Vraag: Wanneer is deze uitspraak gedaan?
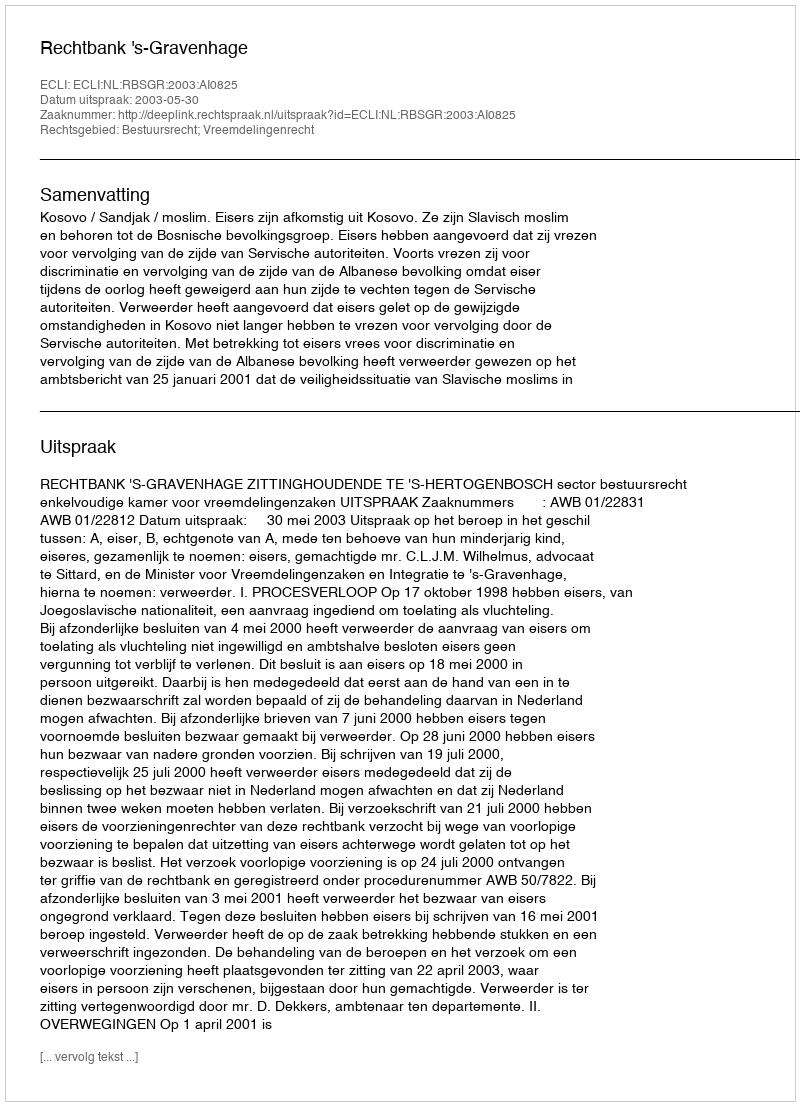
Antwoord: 2003-05-30